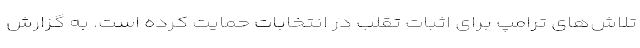
تلاش‌های ترامپ برای اثبات تقلب در انتخابات حمایت کرده است. به گزارش